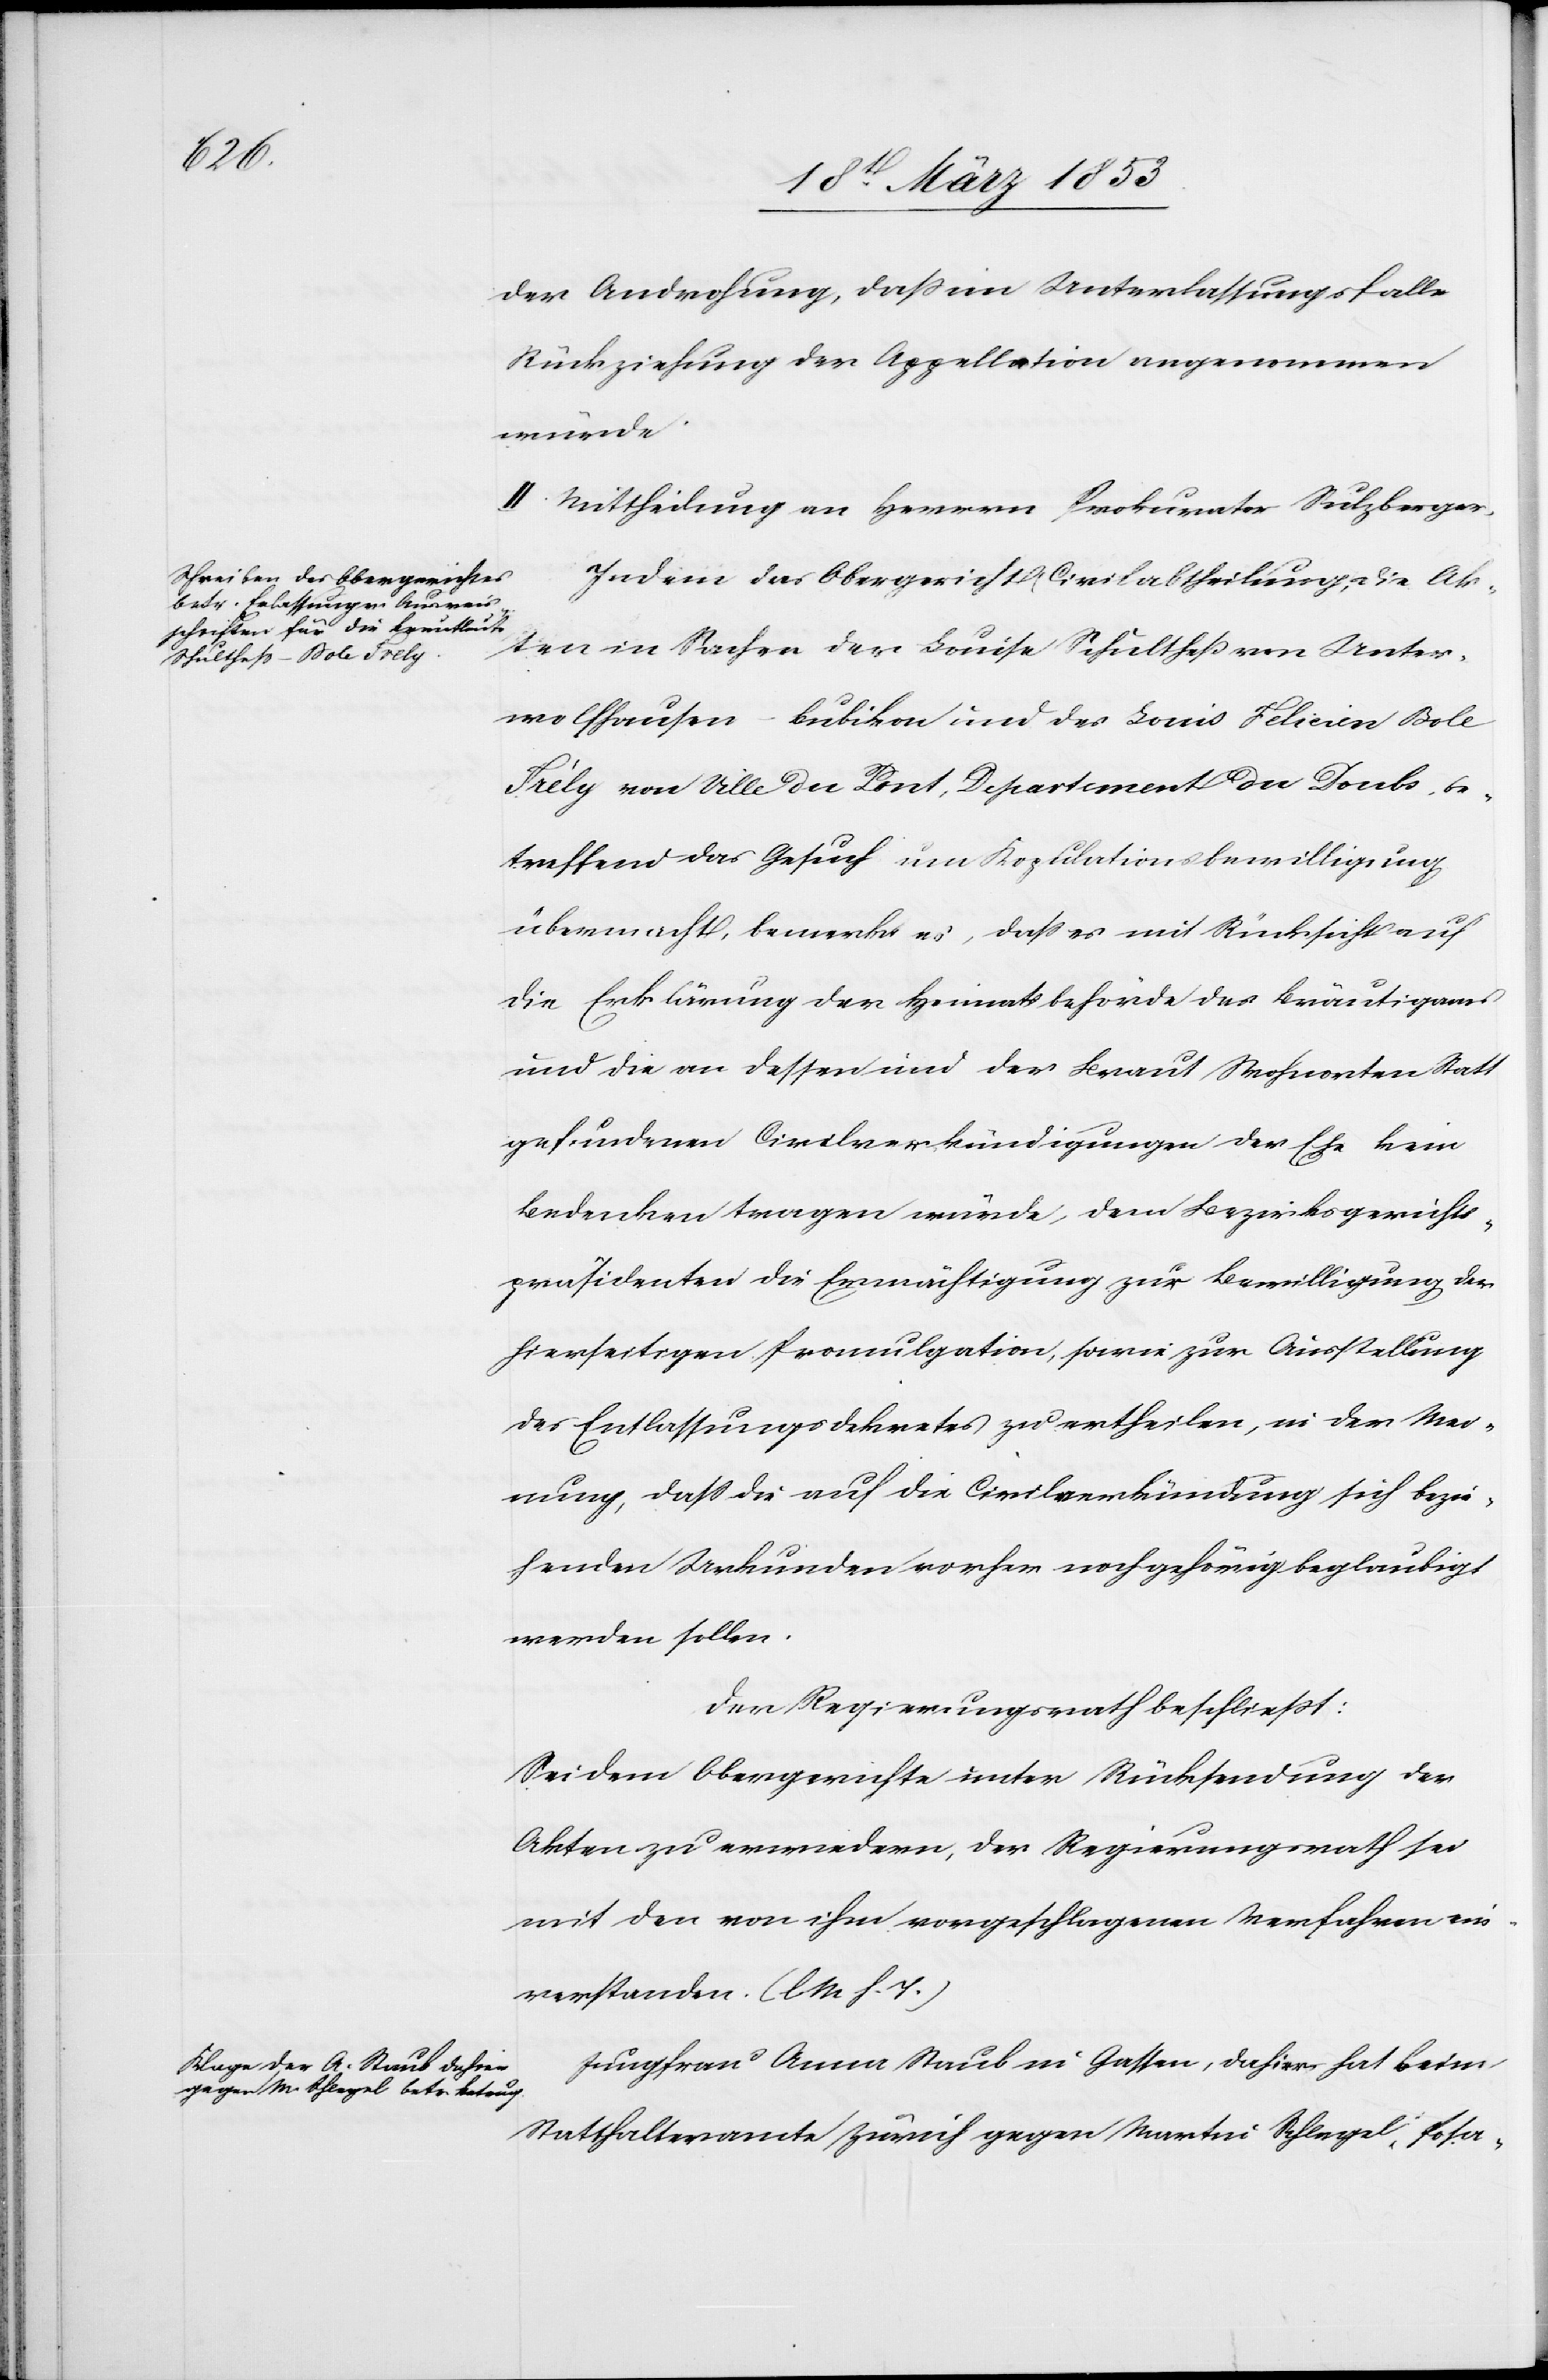
der Androhung, daß im Unterlassungsfalle
Rückziehung der Appellation angenommen
würde.
III. Mittheilung an Herrn Prokurator Sulzberger.
Indem das Obergericht Civilabtheilung, die Ak¬
ten in Sachen der Louise Schultheß von Unter¬
wolfhausen-Bubikon und des Louis Felicier Bole
Frèly von Ville du Pont, Departement Du Doubs be¬
treffend das Gesuch um Kopulationsbewilligung
übermacht bemerkt es, daß es mit Rücksicht auf
die Erklärung der Heimatsbehörde des Bräutigams
und die an dessen und der Braut Wohnorten Statt
gefundenen Civilankündigungen der Ehe kein
Bedenken tragen würde, dem Bezirksgerichts¬
präsidenten die Ermächtigung zur Bewilligung der
hierseitigen Promulgation, sowie zur Ausstellung
des Entlassungsdekretes zu ertheilen, in der Mei¬
nung, daß die auf die Civilankündigung sich bezie¬
henden Urkunden vorher nach gehörig beglaubigt
werden sollen.
Der Regierungsrath beschließt:
Sei dem Obergerichte unter Rücksendung der
Akten zu erwiedern, der Regierungsrath sei
mit den von ihm vorgeschlagenen Verfahren ein¬
verstanden. [l. M. h. T]
Jungfrau Anna Staub in Gassen, dahier hat beim
Statthalteramte Zürich gegen Martin Schlegel Posa-